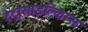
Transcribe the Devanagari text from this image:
टेट्रासाइक्लिन्स